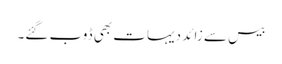
بیس سے زائد دیہات بھی ڈوب گئے۔